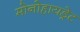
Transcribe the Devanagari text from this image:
मोनोहायड्रेट